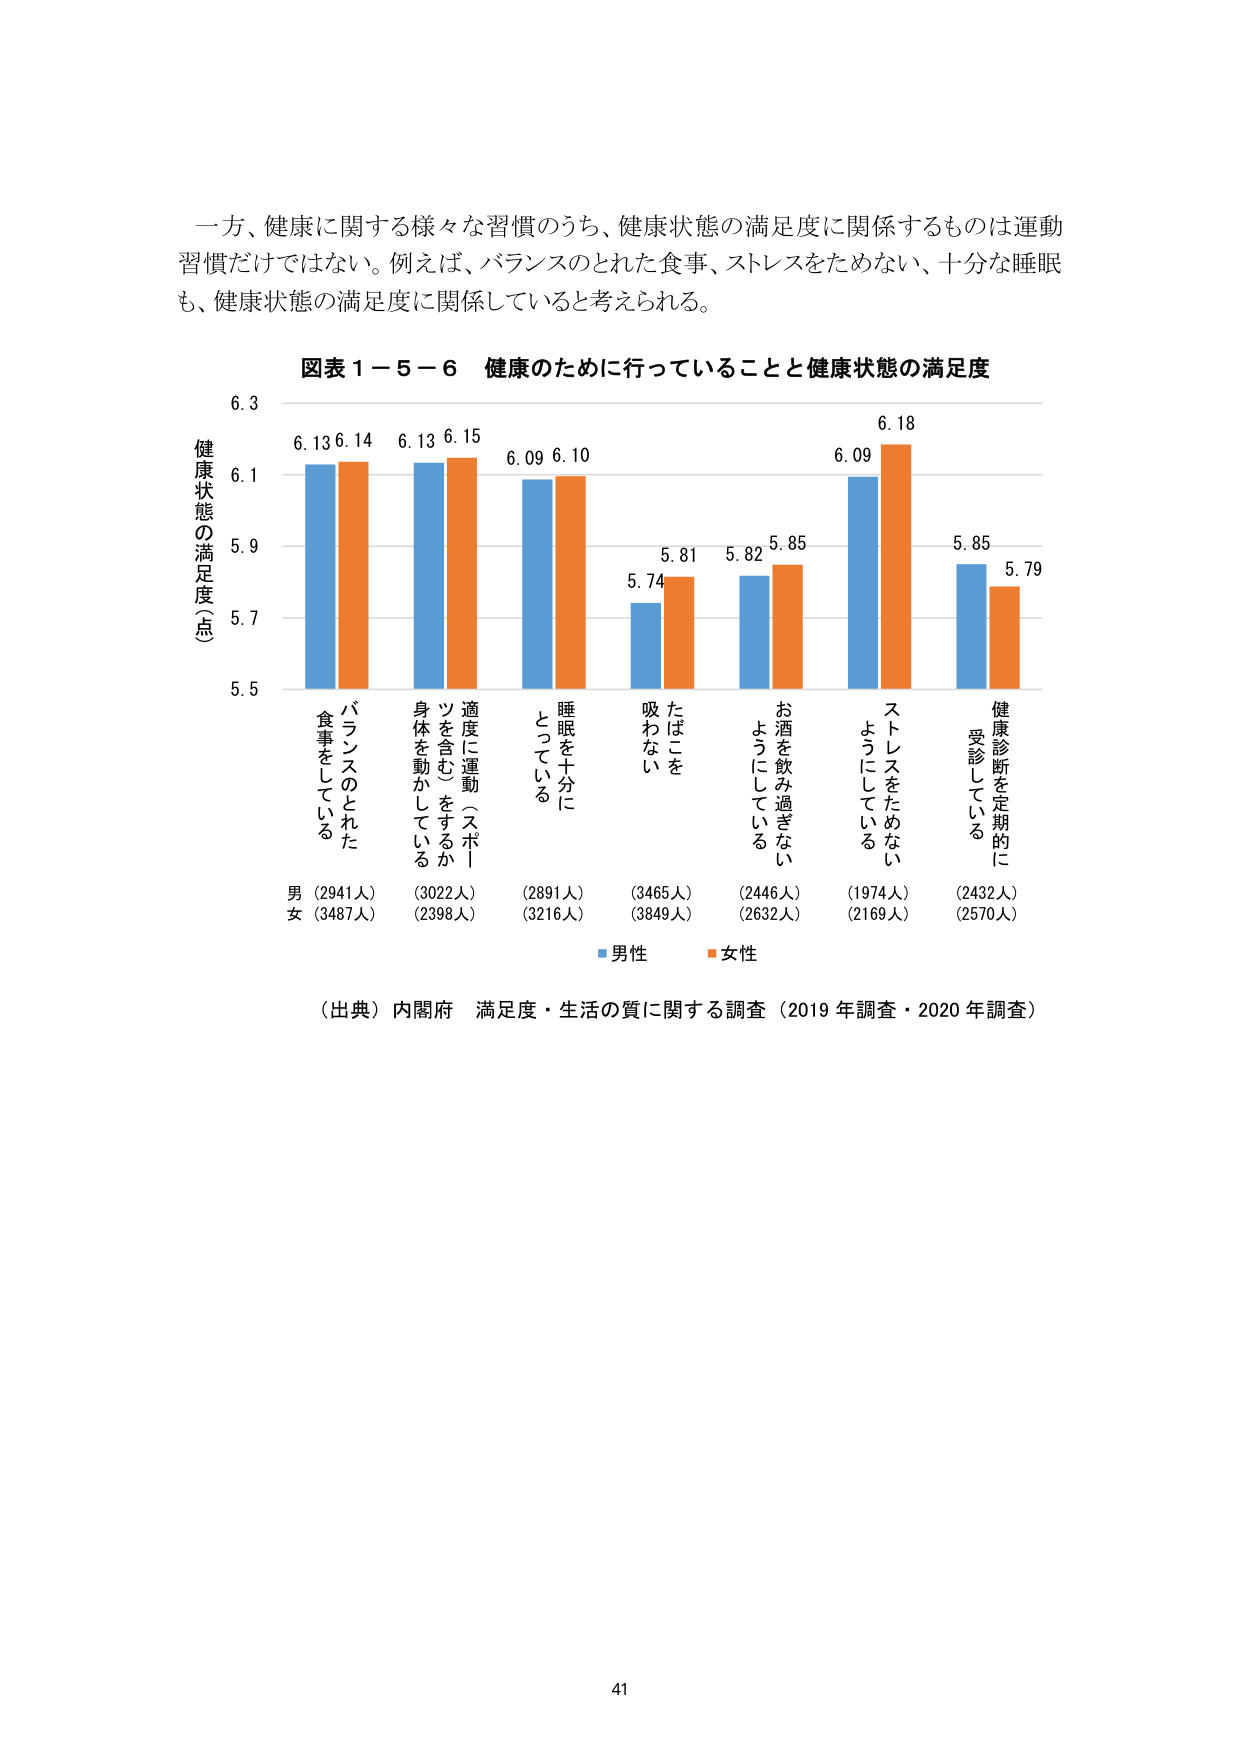
一方、健康に関する様々な習慣のうち、健康状態の満足度に関係するものは運動習慣だけではない。例えば、バランスのとれた食事、ストレスをためない、十分な睡眠も、健康状態の満足度に関係していると考えられる。

図表１－５－６ 健康のために行っていることと健康状態の満足度

健康状態の満足度（点）
6.3
6.13 6.14 6.13 6.15 6.09 6.10 5.74 5.81 5.82 5.85 6.09 6.18 5.85 5.79
6.1
5.9
5.7
5.5

バランスのとれた食事をしている
適度に運動（スポーツを含む）をするか身体を動かしている
睡眠を十分にとっている
たばこを吸わない
お酒を飲み過ぎないようにしている
ストレスをためないようにしている
健康診断を定期的に受診している

男（2941人）（3022人）（2891人）（3465人）（2446人）（1974人）（2432人）
女（3487人）（2398人）（3216人）（3849人）（2632人）（2169人）（2570人）

■男性 ■女性

（出典）内閣府 満足度・生活の質に関する調査（2019年調査・2020年調査）

41